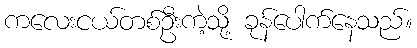
ကလေးငယ်တစ်ဦးကဲ့သို့ ခုန်ပေါက်နေသည်။